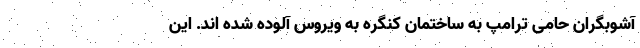
آشوبگران حامی ترامپ به ساختمان کنگره به ویروس آلوده شده اند. این